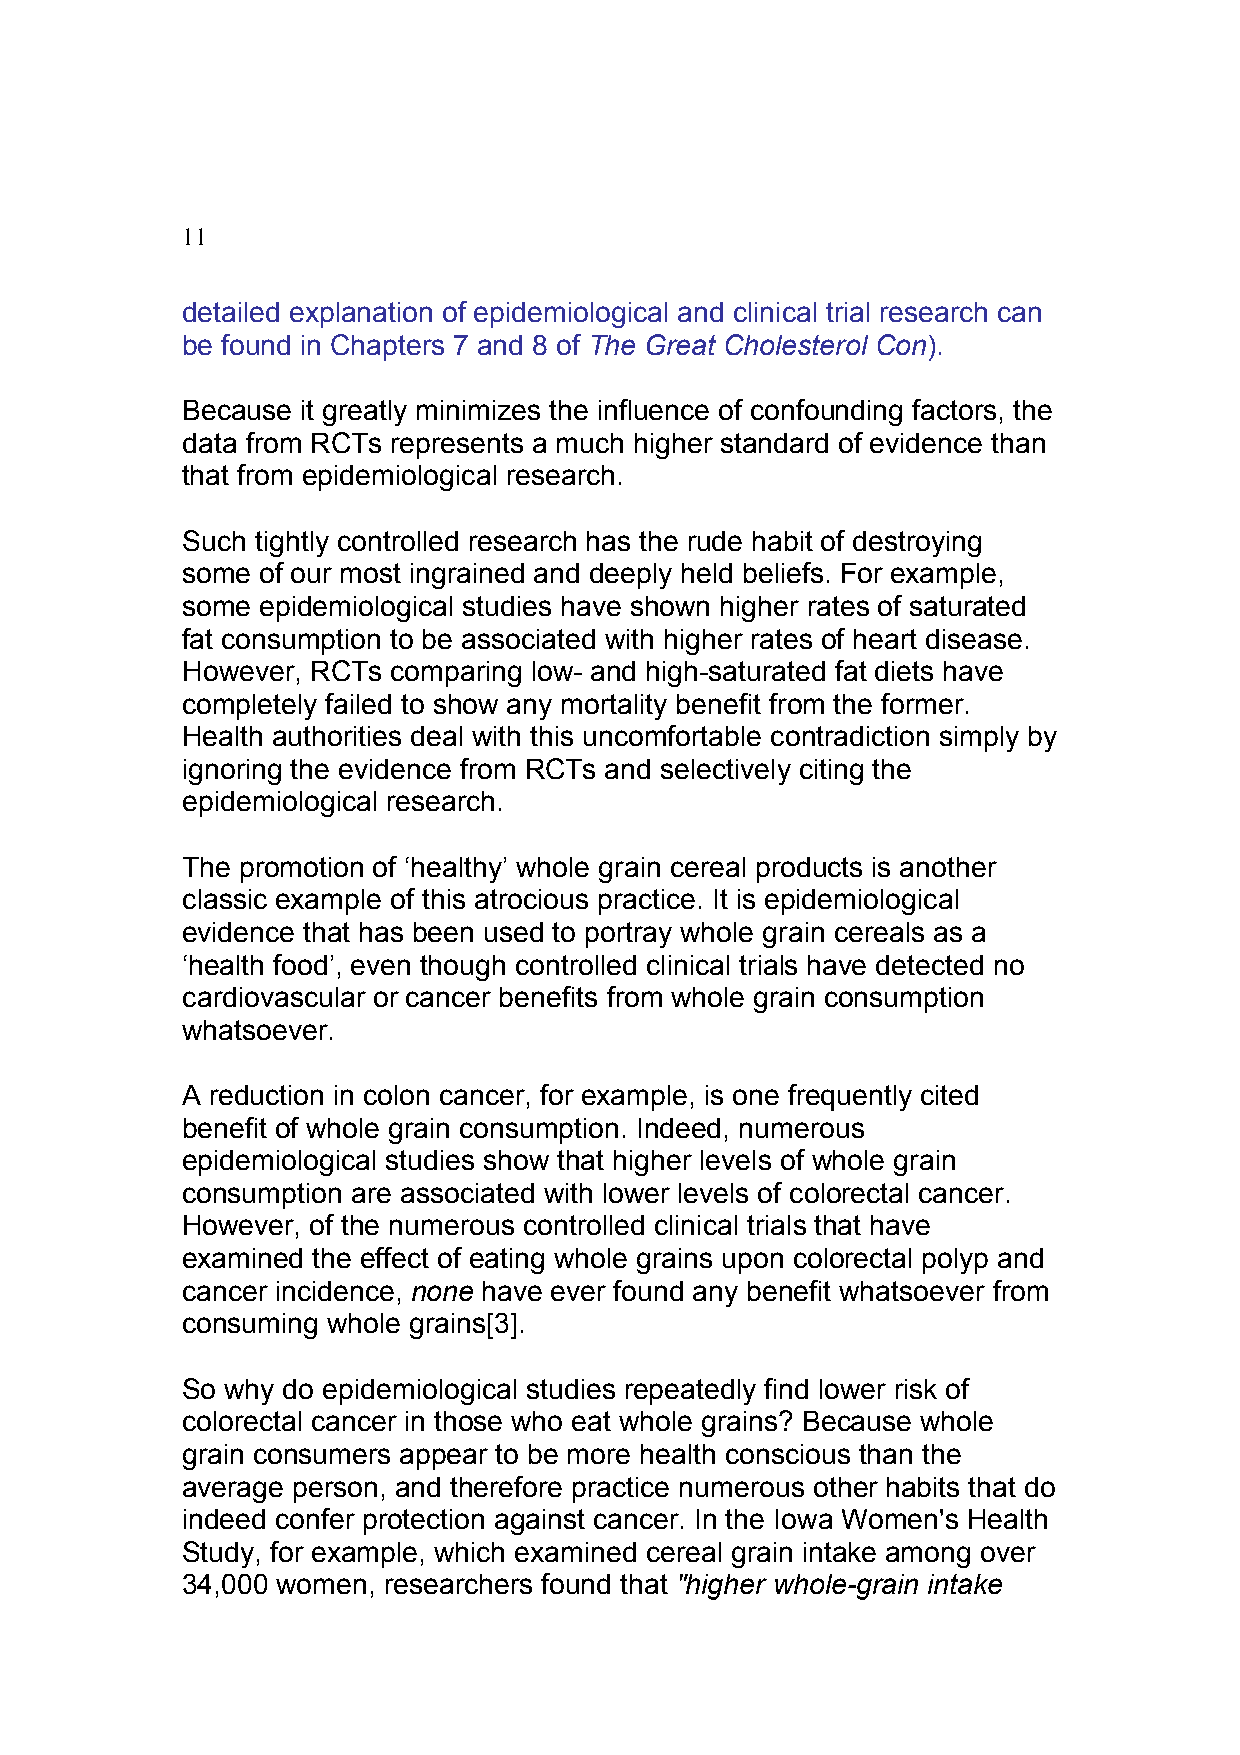
11
 detailed explanation of epidemiological and clinical trial research can
 be found in Chapters 7 and 8 of The Great Cholesterol Con).
 Because it greatly minimizes the influence of confounding factors, the
 data from RCTs represents a much higher standard of evidence than
 that from epidemiological research.
 Such tightly controlled research has the rude habit of destroying
 some of our most ingrained and deeply held beliefs. For example,
 some epidemiological studies have shown higher rates of saturated
 fat consumption to be associated with higher rates of heart disease.
 However, RCTs comparing low- and high-saturated fat diets have
 completely failed to show any mortality benefit from the former.
 Health authorities deal with this uncomfortable contradiction simply by
 ignoring the evidence from RCTs and selectively citing the
 epidemiological research.
 The promotion of ‘healthy’ whole grain cereal products is another
 classic example of this atrocious practice. It is epidemiological
 evidence that has been used to portray whole grain cereals as a
 ‘health food’, even though controlled clinical trials have detected no
 cardiovascular or cancer benefits from whole grain consumption
 whatsoever.
 A reduction in colon cancer, for example, is one frequently cited
 benefit of whole grain consumption. Indeed, numerous
 epidemiological studies show that higher levels of whole grain
 consumption are associated with lower levels of colorectal cancer.
 However, of the numerous controlled clinical trials that have
 examined the effect of eating whole grains upon colorectal polyp and
 cancer incidence, none have ever found any benefit whatsoever from
 consuming whole grains[3].
 So why do epidemiological studies repeatedly find lower risk of
 colorectal cancer in those who eat whole grains? Because whole
 grain consumers appear to be more health conscious than the
 average person, and therefore practice numerous other habits that do
 indeed confer protection against cancer. In the Iowa Women's Health
 Study, for example, which examined cereal grain intake among over
 34,000 women, researchers found that "higher whole-grain intake